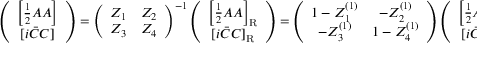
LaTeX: \left( \begin{array} { c } { { \left[ \frac 1 2 A A \right] } } \\ { { [ i \bar { C } C ] } } \end{array} \right) = \left( \begin{array} { c c } { { Z _ { 1 } } } & { { Z _ { 2 } } } \\ { { Z _ { 3 } } } & { { Z _ { 4 } } } \end{array} \right) ^ { - 1 } \left( \begin{array} { c } { { \left[ \frac 1 2 A A \right] _ { \mathrm { R } } } } \\ { { [ i \bar { C } C ] _ { \mathrm { R } } } } \end{array} \right) = \left( \begin{array} { c c } { { 1 - Z _ { 1 } ^ { ( 1 ) } } } & { { - Z _ { 2 } ^ { ( 1 ) } } } \\ { { - Z _ { 3 } ^ { ( 1 ) } } } & { { 1 - Z _ { 4 } ^ { ( 1 ) } } } \end{array} \right) \left( \begin{array} { c } { { \left[ \frac 1 2 A A \right] _ { \mathrm { R } } } } \\ { { [ i \bar { C } C ] _ { \mathrm { R } } } } \end{array} \right) ,